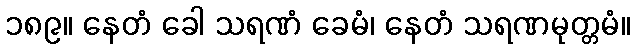
၁၈၉။ နေတံ ခေါ သရဏံ ခေမံ၊ နေတံ သရဏမုတ္တမံ။